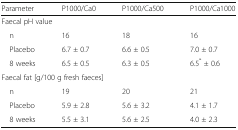
| Parameter | P1000/Ca0 | P1000/Ca500 | P1000/Ca1000 |
 | --- | --- | --- | --- |
 | <COLSPAN=4> Faecal pH value |
 | n | 16 | 18 | 16 |
 | Placebo | 6.7 ± 0.7 | 6.6 ± 0.5 | 7.0 ± 0.7 |
 | 8 weeks | 6.5 ± 0.5 | 6.3 ± 0.5 | 6.5* ± 0.6 |
 | <COLSPAN=4> Faecal fat [g/100 g fresh faeces] |
 | n | 19 | 20 | 21 |
 | Placebo | 5.9 ± 2.8 | 5.6 ± 3.2 | 4.1 ± 1.7 |
 | 8 weeks | 5.5 ± 3.1 | 5.6 ± 2.5 | 4.0 ± 2.3 |